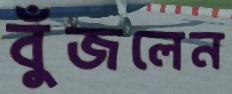
বুঁজলেন